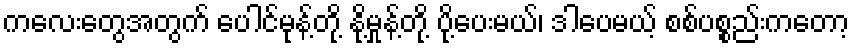
ကလေးတွေအတွက် ပေါင်မုန့်တို့ နို့မှုန့်တို့ ပို့ပေးမယ်၊ ဒါပေမယ့် စစ်ပစ္စည်းကတော့